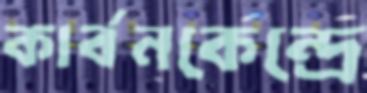
কার্বনকেন্দ্রে